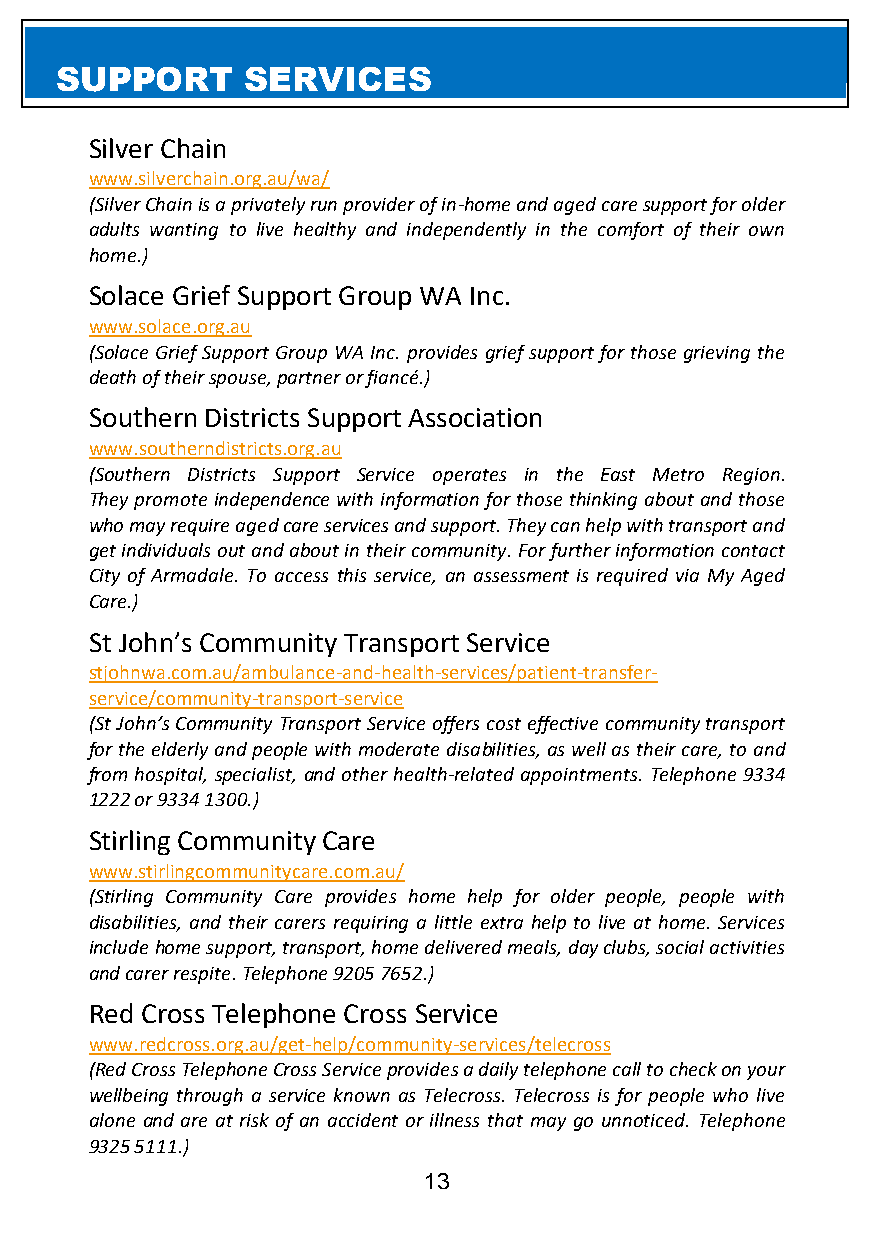
SUPPORT     SERVICES
 Silver Chain
 www.silverchain.org.au/wa/
 (Silver Chain is a privately run provider of in-home and aged care support for older
 adults wanting to live healthy and independently in the comfort of their own
 home.)
 Solace Grief Support Group WA Inc.
 www.solace.org.au
 (Solace Grief Support Group WA Inc. provides grief support for those grieving the
 death of their spouse, partner or fiancé.)
 Southern Districts Support Association
 www.southerndistricts.org.au
 (Southern Districts Support Service operates in the East Metro Region.
 They promote independence with information for those thinking about and those
 who may require aged care services and support. They can help with transport and
 get individuals out and about in their community. For further information contact
 City of Armadale. To access this service, an assessment is required via My Aged
 Care.)
 St John’s Community Transport Service
 stjohnwa.com.au/ambulance-and-health-services/patient-transfer-
 service/community-transport-service
 (St John’s Community Transport Service offers cost effective community transport
 for the elderly and people with moderate disabilities, as well as their care, to and
 from hospital, specialist, and other health-related appointments. Telephone 9334
 1222 or 9334 1300.)
 Stirling Community Care
 www.stirlingcommunitycare.com.au/
 (Stirling Community Care provides home help for older people, people with
 disabilities, and their carers requiring a little extra help to live at home. Services
 include home support, transport, home delivered meals, day clubs, social activities
 and carer respite. Telephone 9205 7652.)
 Red Cross Telephone Cross Service
 www.redcross.org.au/get-help/community-services/telecross
 (Red Cross Telephone Cross Service provides a daily telephone call to check on your
 wellbeing through a service known as Telecross. Telecross is for people who live
 alone and are at risk of an accident or illness that may go unnoticed. Telephone
 9325 5111.)
 13